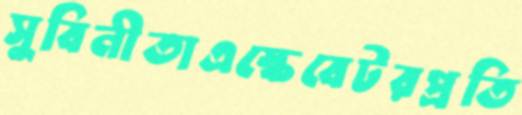
সুবিনীতাএস্কেবেটরপ্রতি